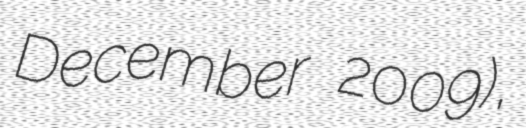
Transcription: December 2009),